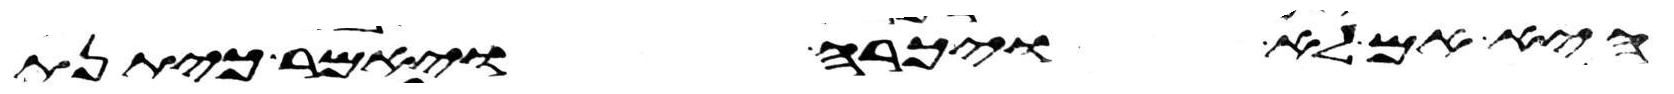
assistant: היא אם לא ויכרה ויאמר כיתנת